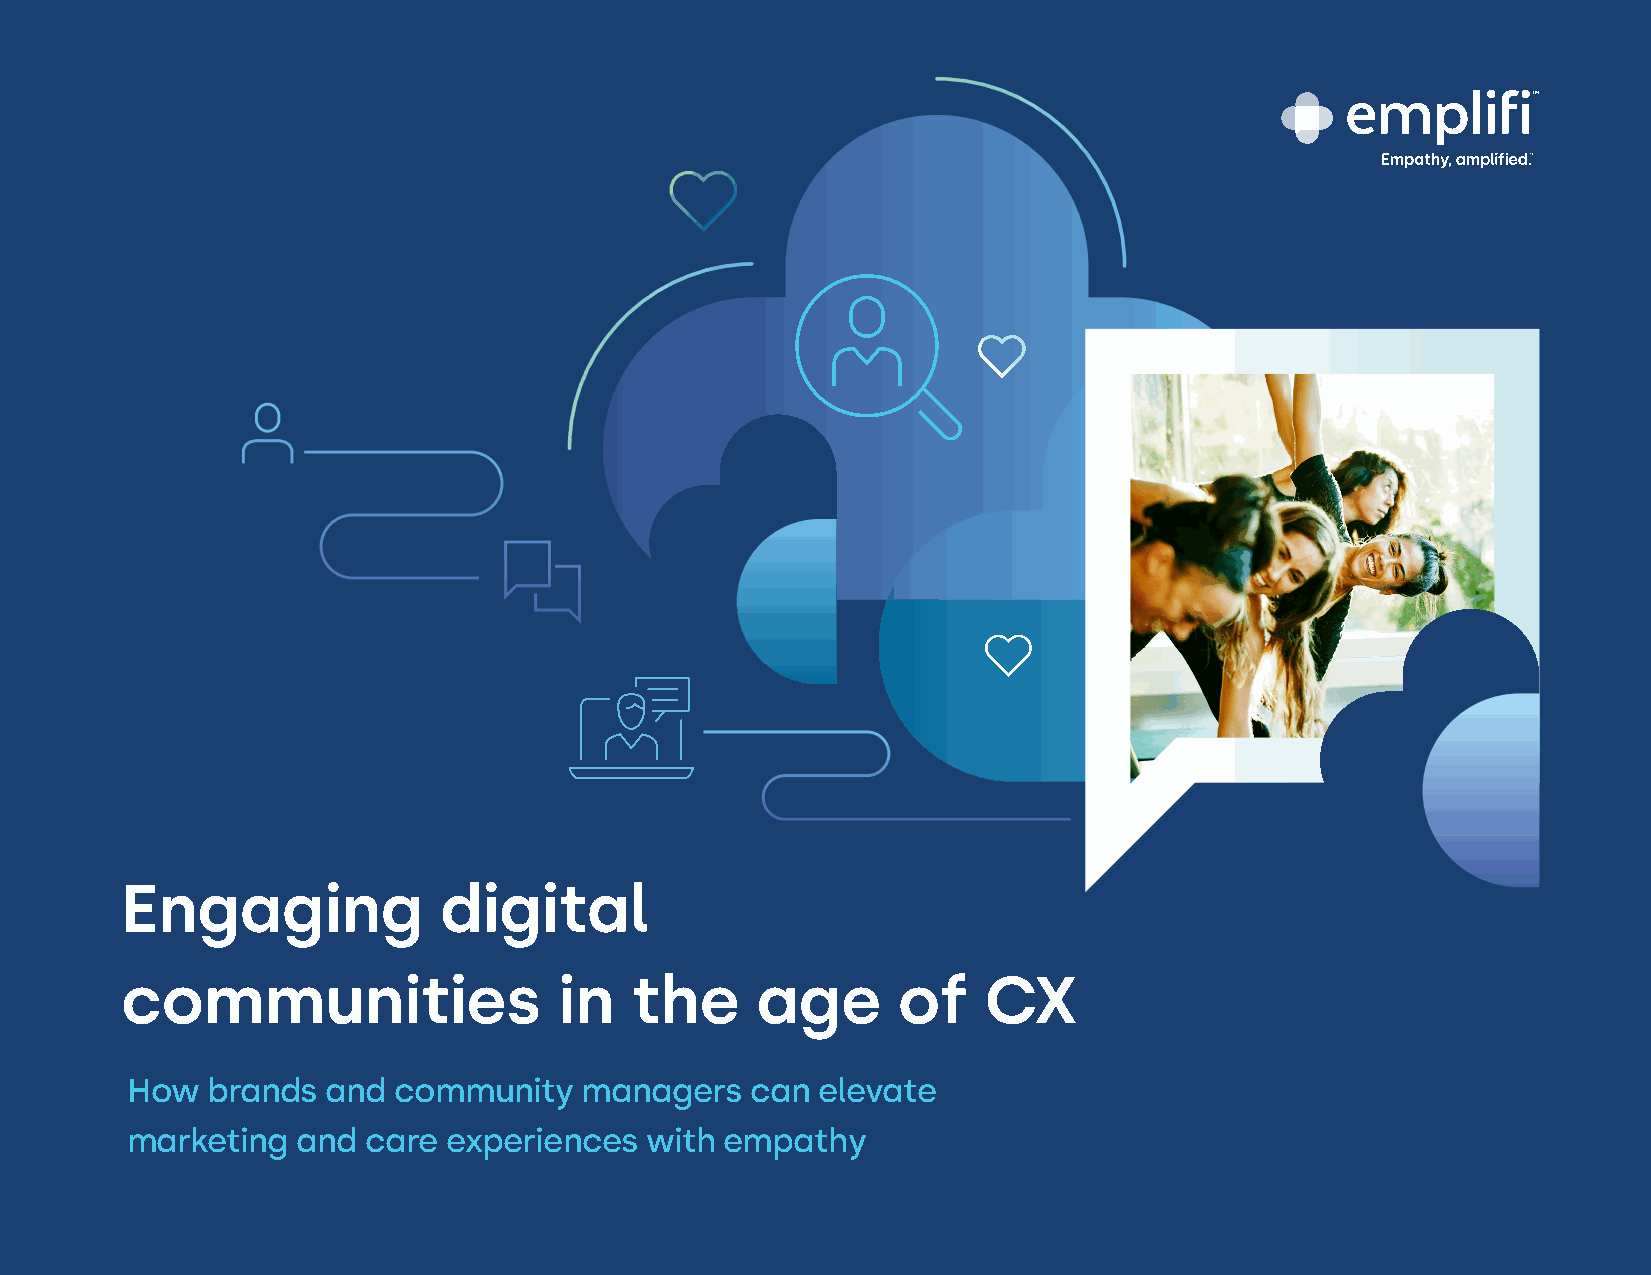
Engaging             digital
 communities                  in   the     age      of    CX
 How   brands  and community    managers   can elevate
 marketing   and care  experiences  with empathy
 1